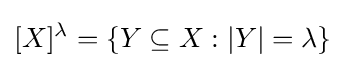
[X]^{\lambda }=\{Y\subseteq X:|Y|=\lambda \}